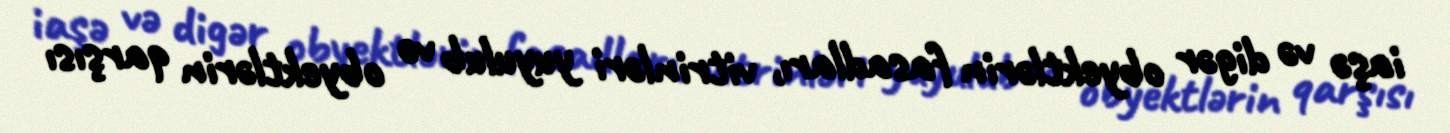
iaşə və digər obyektlərin fasadları, vitrinləri yuyulub və obyektlərin qarşısı